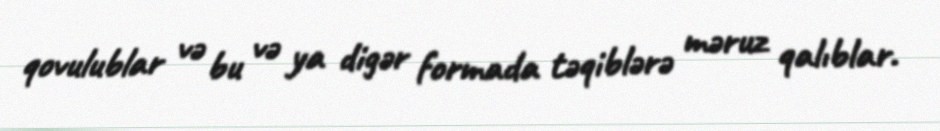
qovulublar və bu və ya digər formada təqiblərə məruz qalıblar.